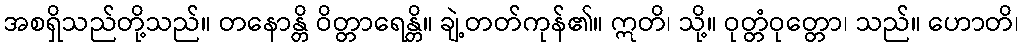
အစရှိသည်တို့သည်။ တနောန္တိ ဝိတ္တာရေန္တိ။ ချဲ့တတ်ကုန်၏။ ဣတိ၊ သို့။ ဝုတ္တံဝုတ္တော၊ သည်။ ဟောတိ၊